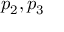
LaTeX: p _ { 2 } , p _ { 3 }